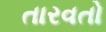
તારવતો